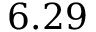
6 . 2 9